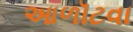
આળૉટવા